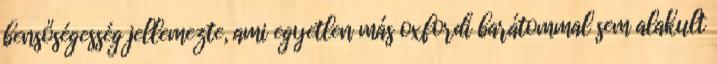
bensőségesség jellemezte, ami egyetlen más oxfordi barátommal sem alakult